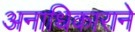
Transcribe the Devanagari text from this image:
अनाधिकाराने